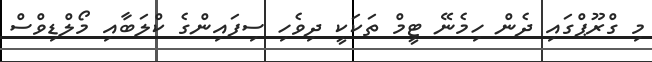
މި ގްރޫޕްގައި ދެން ހިމެނޭ ޓީމް ތަކަކީ ދިވެހި ސިފައިންގެ ކްލަބާއި މޯލްޑިވްސް